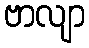
ဗာလျာ